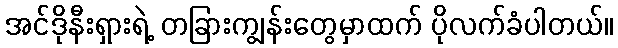
အင်ဒိုနီးရှားရဲ့ တခြားကျွန်းတွေမှာထက် ပိုလက်ခံပါတယ်။